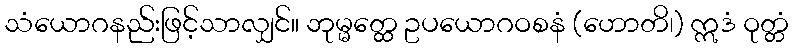
သံယောဂနည်းဖြင့်သာလျှင်။ ဘုမ္မတ္ထေ ဥပယောဂဝစနံ (ဟောတိ၊) ဣဒံ ဝုတ္တံ